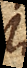
istud